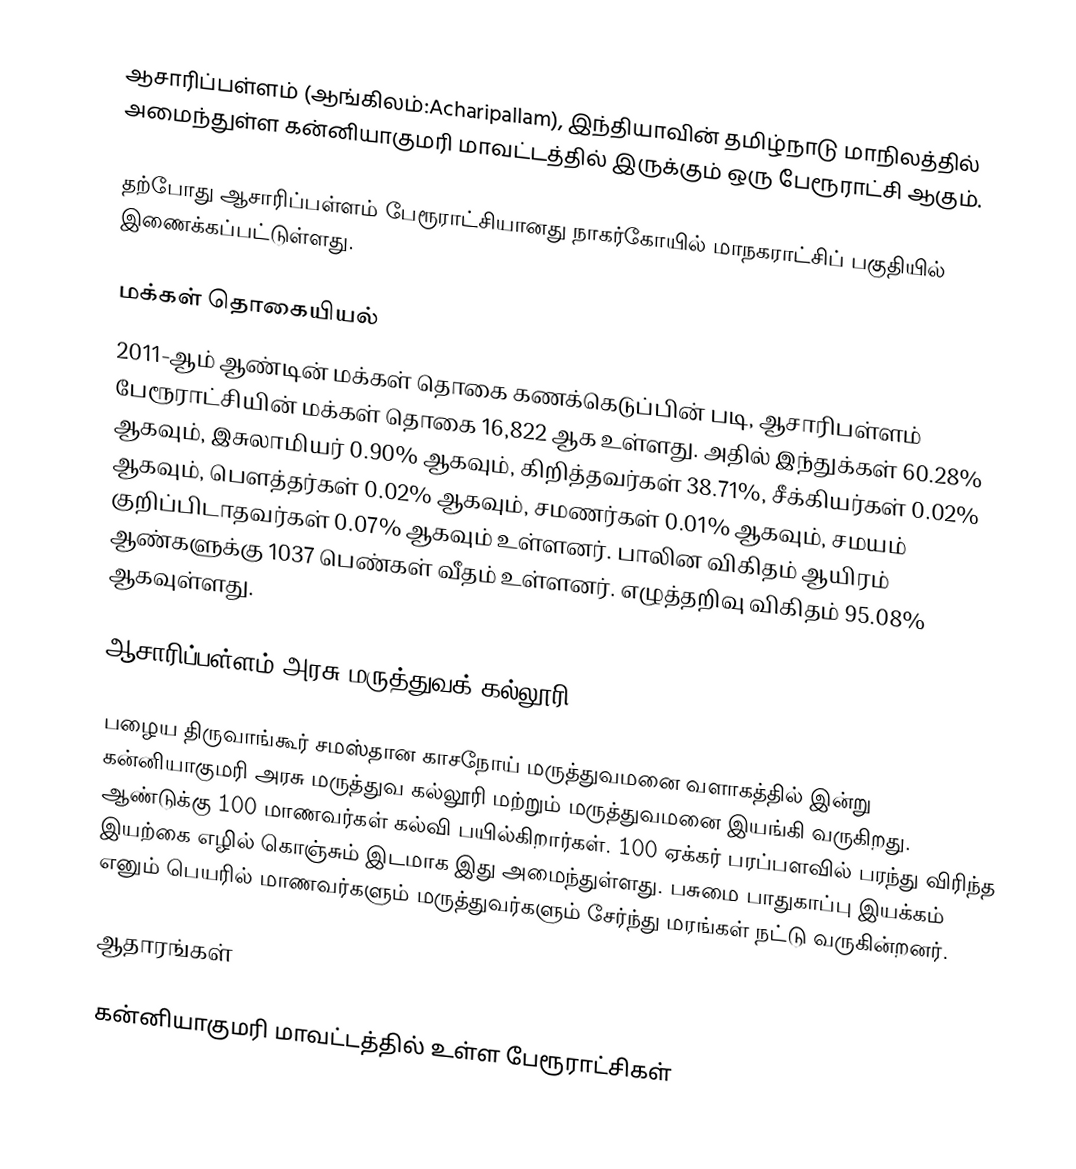
ஆசாரிப்பள்ளம் (ஆங்கிலம்:Acharipallam), இந்தியாவின் தமிழ்நாடு மாநிலத்தில் அமைந்துள்ள கன்னியாகுமரி மாவட்டத்தில் இருக்கும் ஒரு பேரூராட்சி ஆகும்.

தற்போது ஆசாரிப்பள்ளம் பேரூராட்சியானது நாகர்கோயில் மாநகராட்சிப் பகுதியில் இணைக்கப்பட்டுள்ளது.

மக்கள் தொகையியல்
2011-ஆம் ஆண்டின் மக்கள் தொகை கணக்கெடுப்பின் படி, ஆசாரிபள்ளம் பேரூராட்சியின் மக்கள் தொகை 16,822 ஆக உள்ளது. அதில் இந்துக்கள் 60.28% ஆகவும், இசுலாமியர் 0.90% ஆகவும், கிறித்தவர்கள்	38.71%, சீக்கியர்கள் 0.02% ஆகவும், பௌத்தர்கள் 0.02% ஆகவும், சமணர்கள்	0.01% ஆகவும், சமயம் குறிப்பிடாதவர்கள் 0.07% ஆகவும் உள்ளனர்.  பாலின விகிதம் ஆயிரம் ஆண்களுக்கு 1037 பெண்கள் வீதம் உள்ளனர்.  எழுத்தறிவு விகிதம்  95.08% ஆகவுள்ளது.

ஆசாரிப்பள்ளம் அரசு மருத்துவக் கல்லூரி

பழைய திருவாங்கூர் சமஸ்தான காசநோய் மருத்துவமனை வளாகத்தில் இன்று கன்னியாகுமரி அரசு மருத்துவ கல்லூரி மற்றும் மருத்துவமனை இயங்கி வருகிறது. ஆண்டுக்கு 100 மாணவர்கள் கல்வி பயில்கிறார்கள். 100 ஏக்கர் பரப்பளவில் பரந்து விரிந்த இயற்கை எழில் கொஞ்சும் இடமாக இது அமைந்துள்ளது. பசுமை பாதுகாப்பு இயக்கம் எனும் பெயரில் மாணவர்களும் மருத்துவர்களும் சேர்ந்து மரங்கள் நட்டு வருகின்றனர்.

ஆதாரங்கள்

கன்னியாகுமரி மாவட்டத்தில் உள்ள பேரூராட்சிகள்